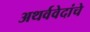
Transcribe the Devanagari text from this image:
अथर्ववेदांचे